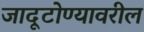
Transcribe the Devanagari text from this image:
जादूटोण्यावरील